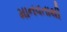
માનવતાથી